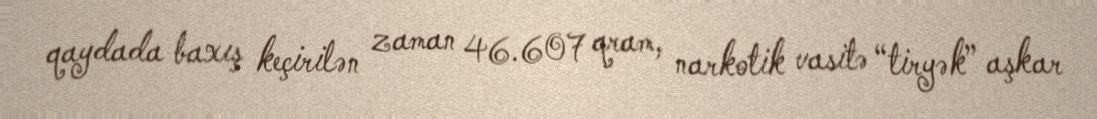
qaydada baxış keçirilən zaman 46.607 qram, narkotik vasitə “tiryək” aşkar